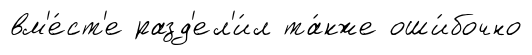
вм'е́ст'е разд'ел'и́л та́кже оши́бочно